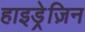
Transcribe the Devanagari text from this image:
हाइड्रेज़िन